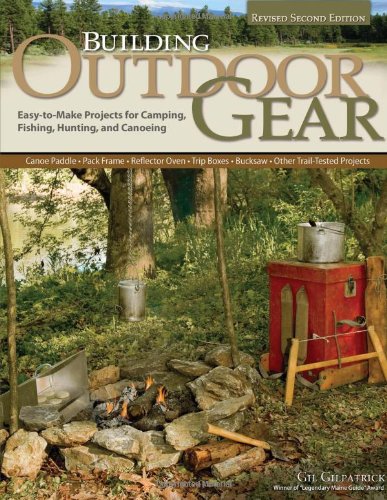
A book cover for Building Outdoor Gear, Revised 2nd Edition: Easy-to-Make Projects for Camping, Fishing, Hunting, and Canoeing (Canoe Paddle, Pack Frame, Reflector ... Bucksaw, and Other Trail-Tested Projects); Gil Gilpatrick; Sports & Outdoors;